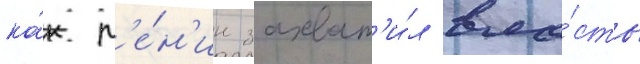
ка́к л'е́н'ин захват'и́л вла́сть